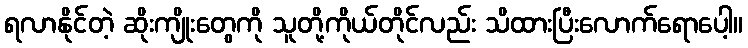
ရလာနိုင်တဲ့ ဆိုးကျိုးတွေကို သူတို့ကိုယ်တိုင်လည်း သိထားပြီးလောက်ရောပေါ့။